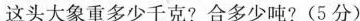
这头大象重多少千克?合多少吨?(5分)